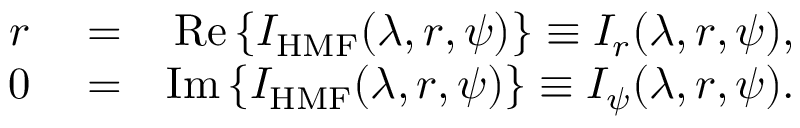
\begin{array} { r l r } { r } & { { } = } & { \mathrm { R e } \left\{ { I _ { \mathrm { H M F } } ( \lambda , r , \psi ) } \right\} \equiv I _ { r } ( \lambda , r , \psi ) , } \\ { 0 } & { { } = } & { \mathrm { I m } \left\{ { I _ { \mathrm { H M F } } ( \lambda , r , \psi ) } \right\} \equiv I _ { \psi } ( \lambda , r , \psi ) . } \end{array}